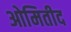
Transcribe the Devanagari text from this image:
ओमितीद